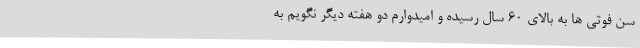
سن فوتی ها به بالای 60 سال رسیده و امیدوارم دو هفته دیگر نگویم به